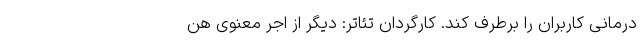
درمانی کاربران را برطرف کند. کارگردان تئاتر: دیگر از اجر معنوی هن